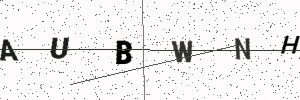
Text: AUBWNH